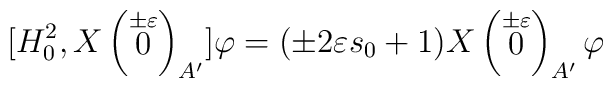
[H^2_0, X\left(\stackrel{\pm \varepsilon}{0}\right)_{A'}] \varphi = (\pm 2\varepsilon s_0 +1) X\left(\stackrel{\pm \varepsilon}{0}\right)_{A'} \varphi